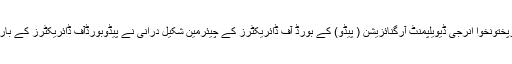
ان خیالات کا اظہارسابق چیئرمین واپڈا اورپختونخوا انرجی ڈیویلپمنٹ آرگنائزیشن ( پیڈو) کے بورڈ آف ڈائریکٹرز کے چیئرمین شکیل درانی نے پیڈوبورڈآف ڈائریکٹرز کے بارہویں اجلاس کی صدارت کرتے ہوئے کیا۔